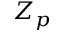
Z _ { p }